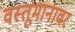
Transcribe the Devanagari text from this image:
वस्तूमानावर